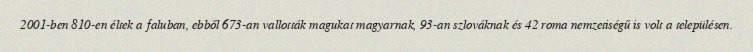
2001-ben 810-en éltek a faluban, ebből 673-an vallották magukat magyarnak, 93-an szlováknak és 42 roma nemzetiségű is volt a településen.